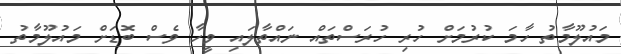
މައުލޫމާތު ހާމަ ކުރުމަށް ހުރި ހުރަސްތައް ނައްތާލައި ވީހާ ވެސް ބޮޑަށް މައުލޫމާތު